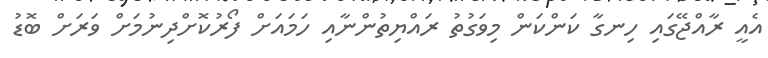
އެއީ ރާއްޖޭގައި ހިނގާ ކަންކަން މިވަގުތު ރައްޔިތުންނާއި ހަމައަށް ފޯރުކޮށްދިނުމަށް ވަރަށް ބޮޑު